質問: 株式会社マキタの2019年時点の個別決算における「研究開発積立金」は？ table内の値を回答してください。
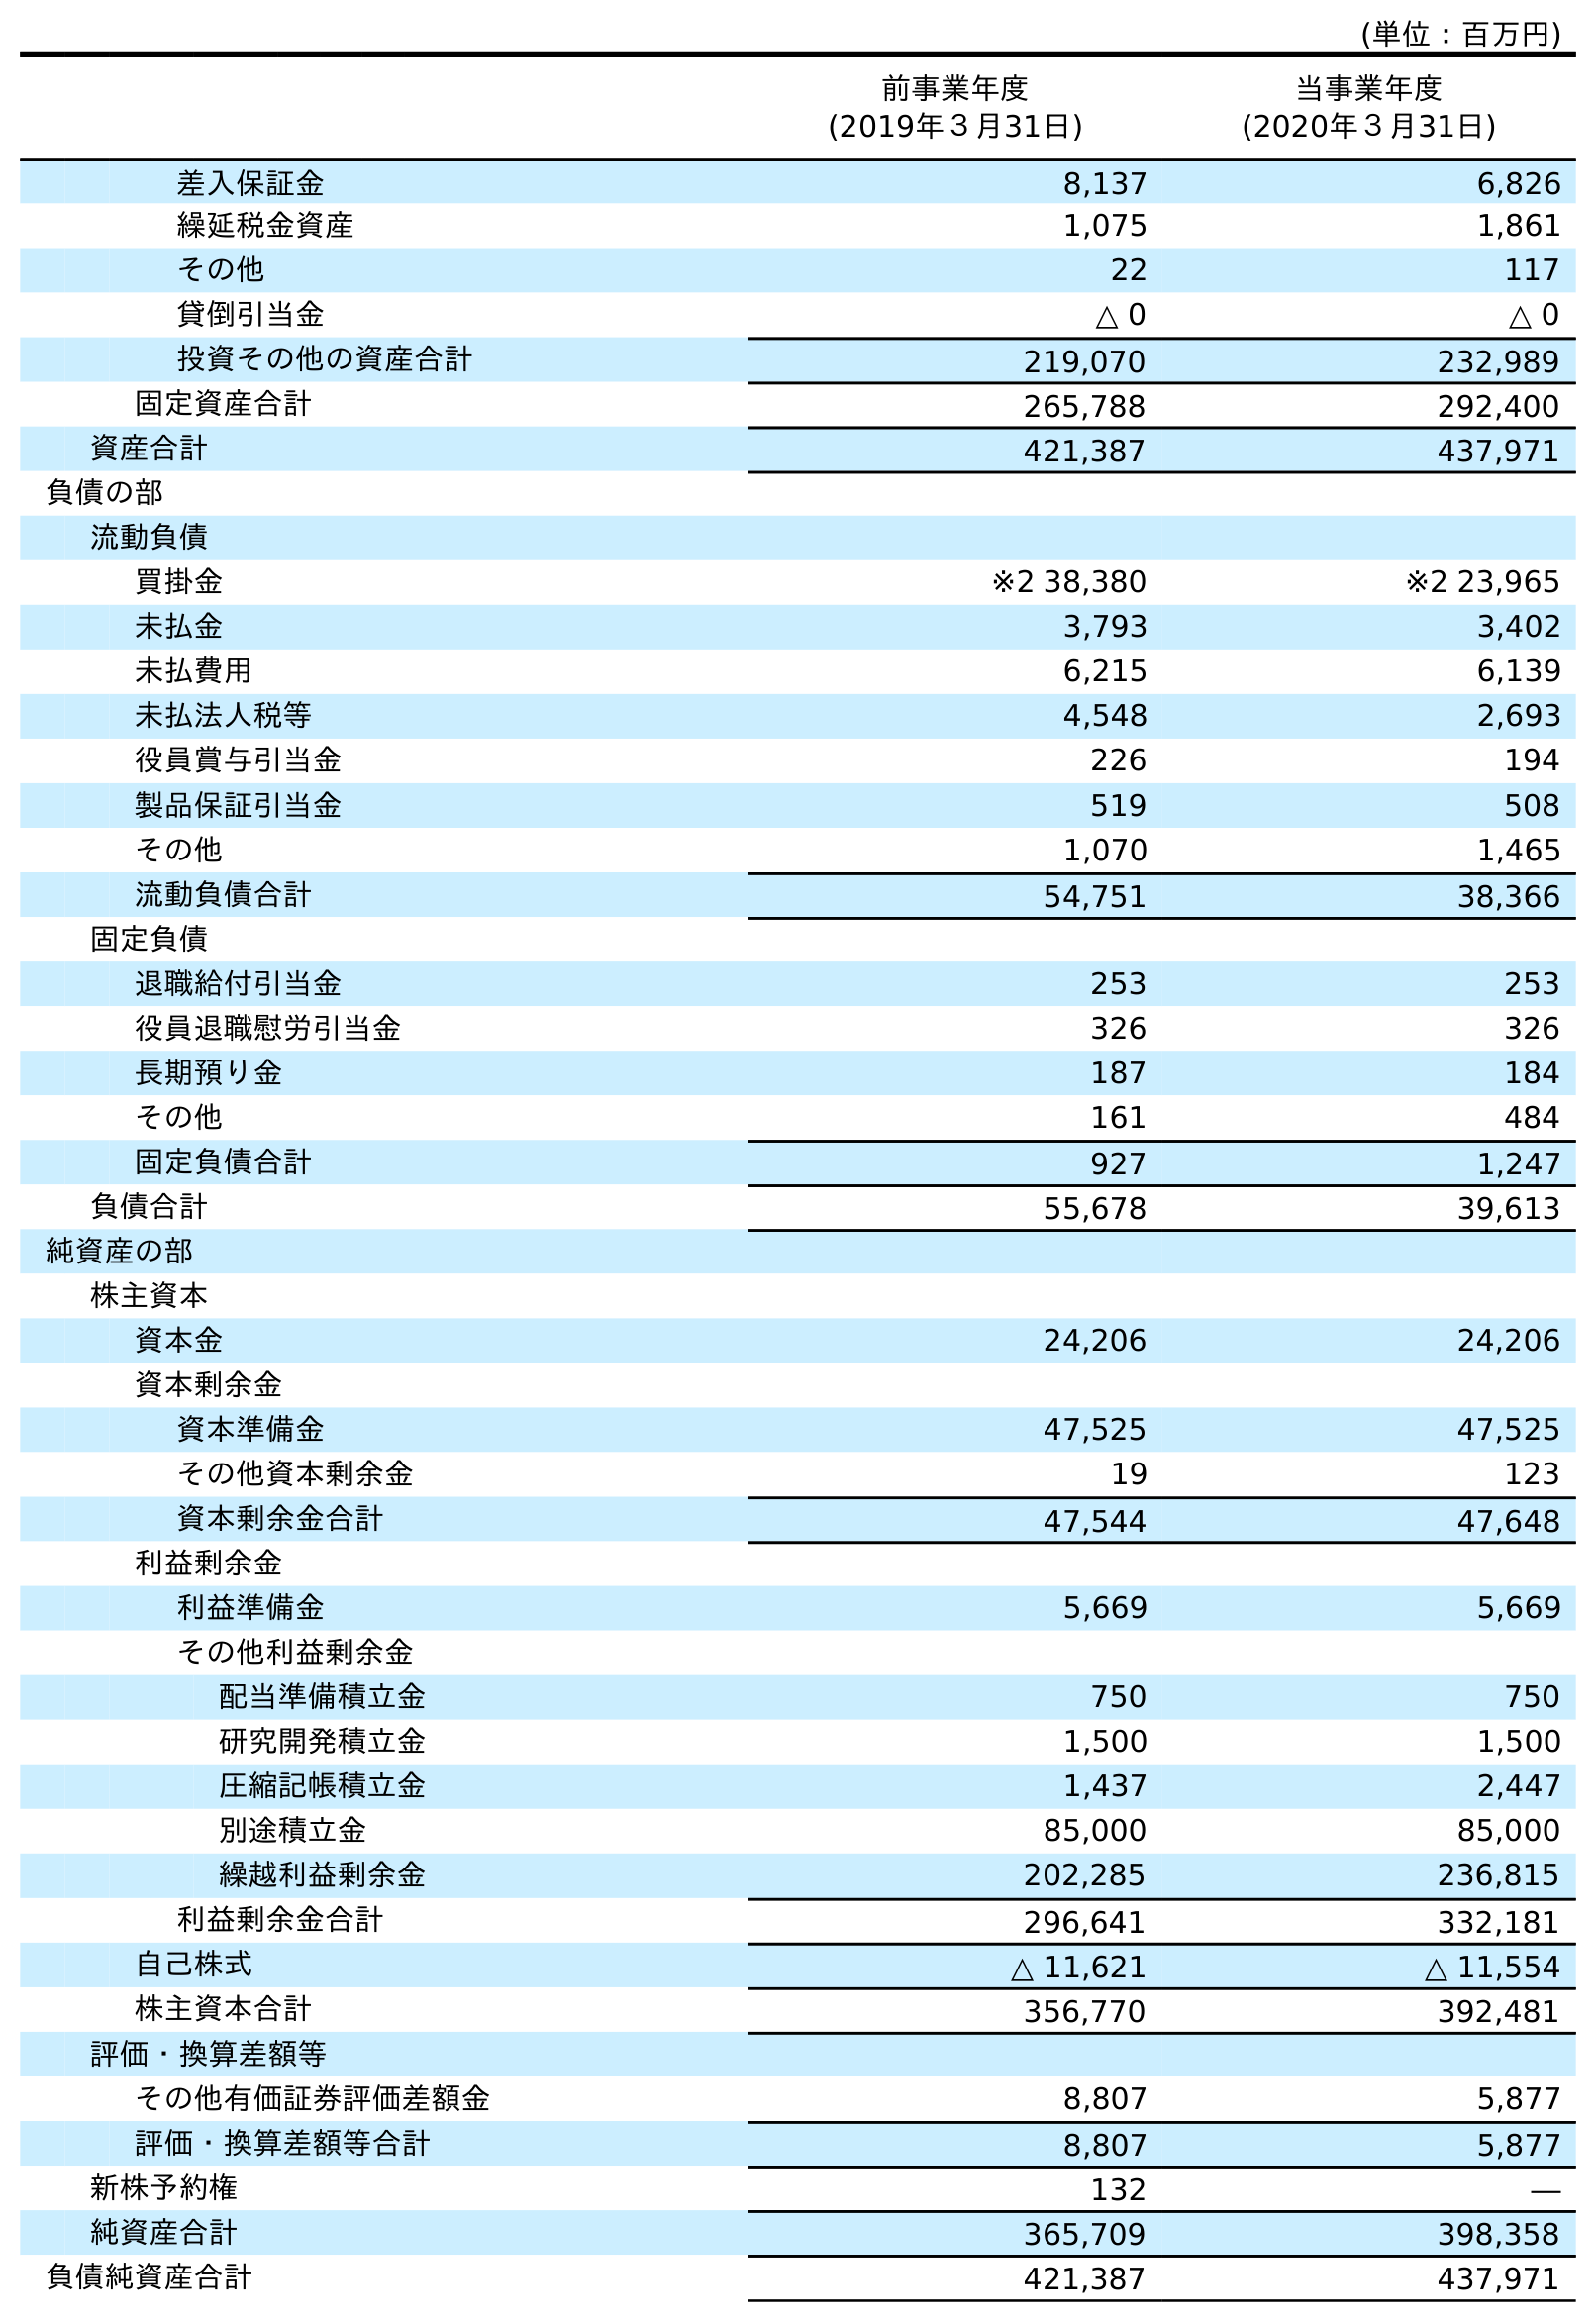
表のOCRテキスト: (単位：百万円) 前事業年度 (2019年３月31日) 当事業年度 (2020年３月31日) 差入保証金 8,137 6,826 繰延税金資産 1,075 1,861 その他 22 117 貸倒引当金 △ 0 △ 0 投資その他の資産合計 219,070 232,989 固定資産合計 265,788 292,400 資産合計 421,387 437,971 負債の部 流動負債 買掛金 ※2 38,380 ※2 23,965 未払金 3,793 3,402 未払費用 6,215 6,139 未払法人税等 4,548 2,693 役員賞与引当金 226 194 製品保証引当金 519 508 その他 1,070 1,465 流動負債合計 54,751 38,366 固定負債 退職給付引当金 253 253 役員退職慰労引当金 326 326 長期預り金 187 184 その他 161 484 固定負債合計 927 1,247 負債合計 55,678 39,613 純資産の部 株主資本 資本金 24,206 24,206 資本剰余金 資本準備金 47,525 47,525 その他資本剰余金 19 123 資本剰余金合計 47,544 47,648 利益剰余金 利益準備金 5,669 5,669 その他利益剰余金 配当準備積立金 750 750 研究開発積立金 1,500 1,500 圧縮記帳積立金 1,437 2,447 別途積立金 85,000 85,000 繰越利益剰余金 202,285 236,815 利益剰余金合計 296,641 332,181 自己株式 △ 11,621 △ 11,554 株主資本合計 356,770 392,481 評価・換算差額等 その他有価証券評価差額金 8,807 5,877 評価・換算差額等合計 8,807 5,877 新株予約権 132 ― 純資産合計 365,709 398,358 負債純資産合計 421,387 437,971
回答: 1,500